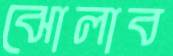
ঝোলাব